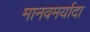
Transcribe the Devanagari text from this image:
मानवमर्यादा